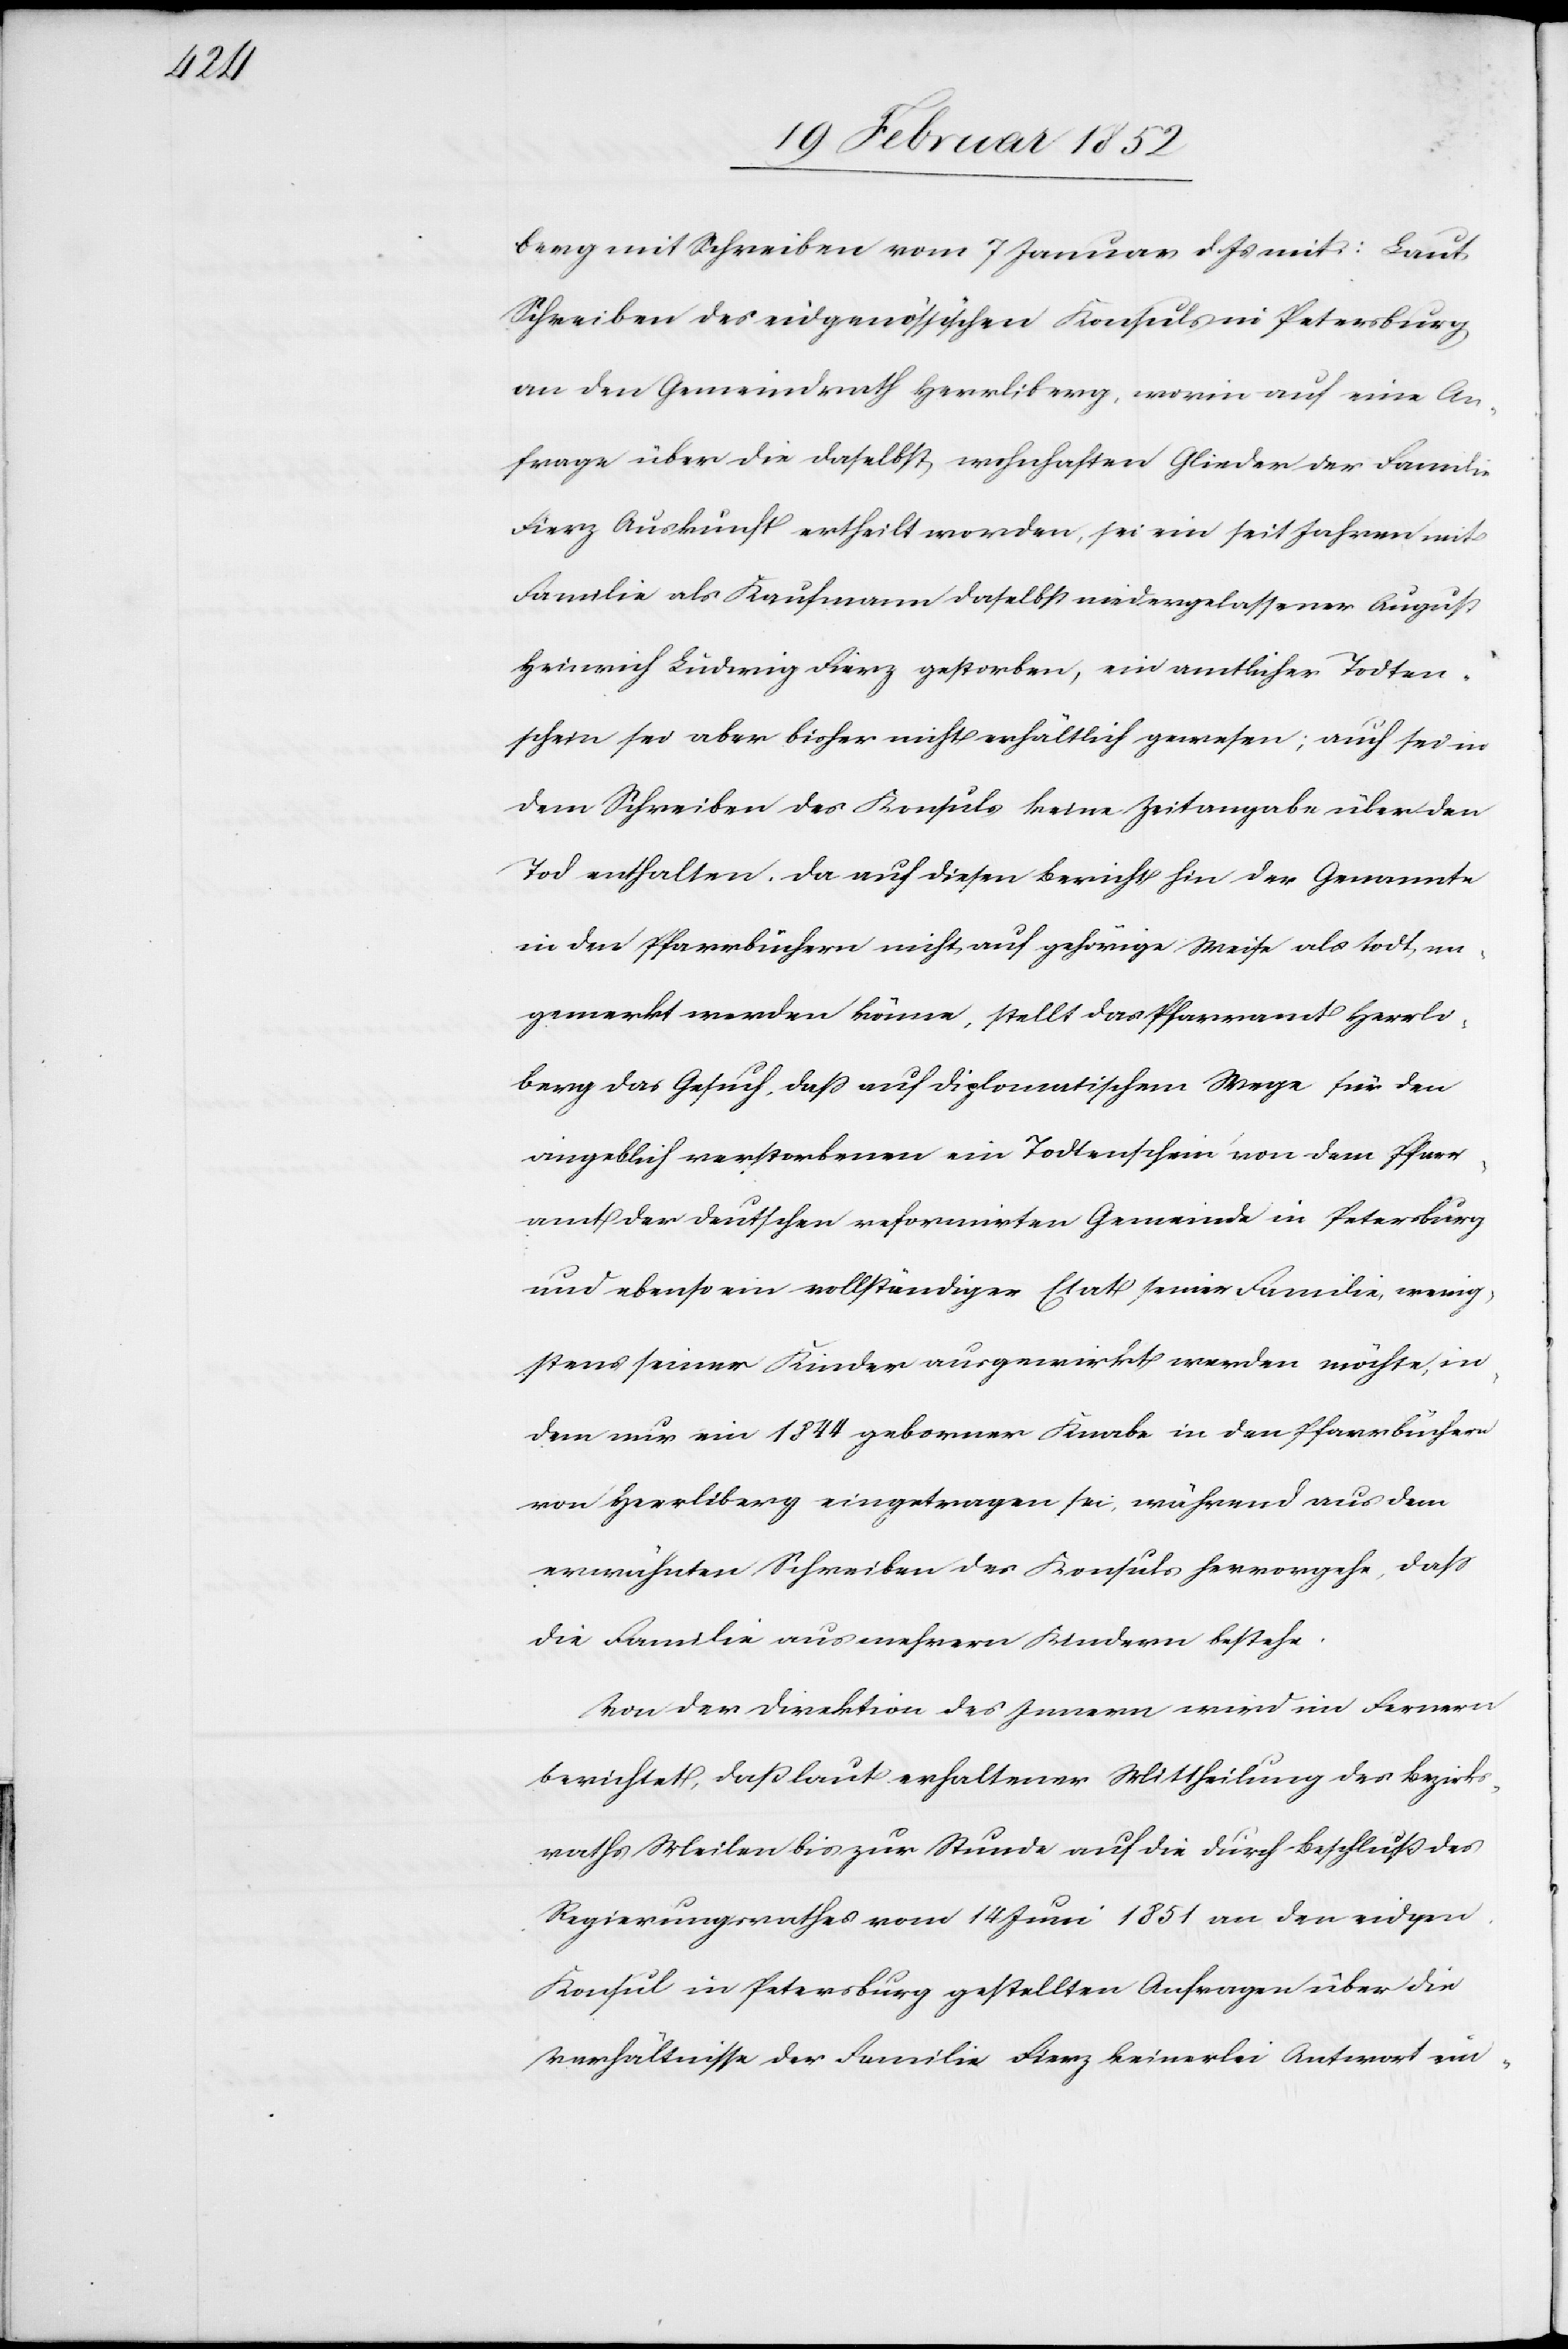
berg mit Schreiben vom 7 Januar d. Js mit: Laut
Schreiben des eidgenössischen Konsuls in Petersburg
an den Gemeindrath Herrliberg, worin auch eine An¬
frage über die daselbst wohnhaften Glieder der Familie
Fierz Auskunft ertheilt worden, sei ein seit Jahren mit
Familie als Kaufmann daselbst niedergelassener August
Heinrich Ludwig Fierz gestorben, ein amtlicher Todten¬
schein sei aber bisher nicht erhältlich gewesen; auch sei in
dem Schreiben des Konsuls keine Zeitangabe über den
Tod enthalten, da auf diesen Bericht hin der Genannte
in den Pfarrbüchern nicht auf gehörige Weise als todt an¬
gemerkt werden könne, stellt das Pfarramt Herrli¬
berg das Gesuch, daß auf diplomatischem Wege für den
angeblich verstorbenen ein Todtenschein von dem Pfarr¬
amt der deutschen reformirten Gemeinde in Petersburg
und ebenso ein vollständiger Etat seiner Familie, wenig¬
stens seiner Kinder ausgewirkt werden möchte, in
dem nur ein 1844 geborner Knabe in den Pfarrbüchern
von Herrliberg eingetragen sei, während aus dem
erwähnten Schreiben des Konsuls hervorgehe, daß
die Familie aus mehrern Kindern bestehe.
Von der Direktion des Innern wird im Fernern
berichtet, daß laut erhaltener Mittheilung des Bezirks¬
raths Meilen bis zur Stunde auf die durch Beschluß des
Regierungsrathes vom 14 Juni 1851 an den eidgen.
Konsul in Petersburg gestellten Anfragen über die
Verhältnisse der Familie Fierz keinerlei Antwort ein-